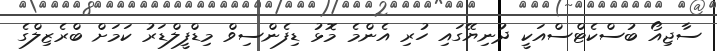
ސާޖިއޯ ބުސްކެޓްސްއަކީ ދުނިޔޭގައި ހުރި އެންމެ މޮޅު ޑިފެންސިވް މިޑްފީލްޑަރު ކަމަށް ބްރެޒިލްގެ